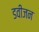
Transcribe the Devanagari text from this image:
डवीजन